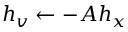
h _ { v } \leftarrow - A h _ { x }